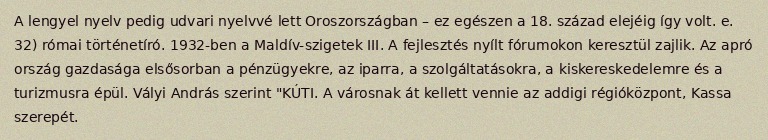
A lengyel nyelv pedig udvari nyelvvé lett Oroszországban – ez egészen a 18. század elejéig így volt. e. 32) római történetíró. 1932-ben a Maldív-szigetek III. A fejlesztés nyílt fórumokon keresztül zajlik. Az apró ország gazdasága elsősorban a pénzügyekre, az iparra, a szolgáltatásokra, a kiskereskedelemre és a turizmusra épül. Vályi András szerint "KÚTI. A városnak át kellett vennie az addigi régióközpont, Kassa szerepét.